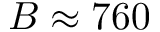
B \approx 7 6 0